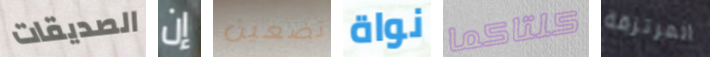
الصديقات إن تضعين نواة كلتاكما المرتزقة